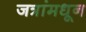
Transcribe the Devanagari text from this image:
जत्रांमधून